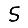
Digit: 5